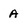
Character: A